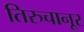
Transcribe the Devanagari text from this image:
तिरुचानूर